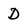
Character: d